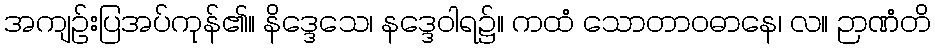
အကျဉ်းပြအပ်ကုန်၏။ နိဒ္ဒေသေ၊ နဒ္ဒေဝါရ၌။ ကထံ သောတာဝဓာနေ၊ လ။ ဉာဏံတိ